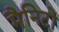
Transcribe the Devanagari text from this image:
मैनिटो